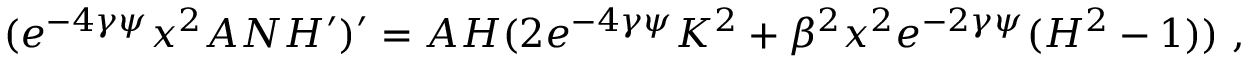
( e ^ { - 4 \gamma \psi } x ^ { 2 } A N H ^ { \prime } ) ^ { \prime } = A H ( 2 e ^ { - 4 \gamma \psi } K ^ { 2 } + \beta ^ { 2 } x ^ { 2 } e ^ { - 2 \gamma \psi } ( H ^ { 2 } - 1 ) ) \ ,